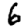
Digit: 6